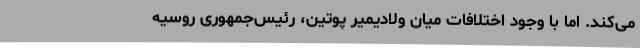
می‌کند. اما با وجود اختلافات میان ولادیمیر پوتین، رئیس‌جمهوری روسیه